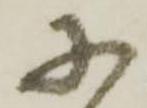
に